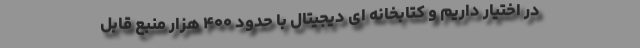
در اختیار داریم و کتابخانه ای دیجیتال با حدود ۴۰۰ هزار منبع قابل